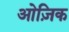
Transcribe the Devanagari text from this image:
ओज़िक